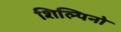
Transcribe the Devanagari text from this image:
शिल्पिनो